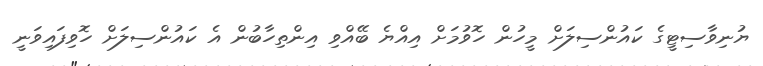
ޔުނިވާސިޓީގެ ކައުންސިލަށް މީހުން ހޮވުމަށް އިއްޔެ ބޭއްވި އިންތިހާބުން އެ ކައުންސިލަށް ހޮވިފައިވަނީ